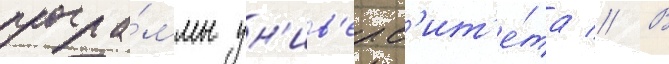
програ́ммы ун'ив'ерс'ит'е́та // В